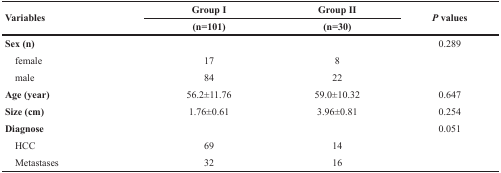
<table><thead><tr><td rowspan="2"><b>Variables</b></td><td><b>Group I</b></td><td><b>Group II</b></td><td rowspan="2"><b><i>P</i> values</b></td></tr><tr><td><b>(n=101)</b></td><td><b>(n=30)</b></td></tr></thead><tbody><tr><td><b>Sex (n)</b></td><td></td><td></td><td>0.289</td></tr><tr><td> female</td><td>17</td><td>8</td><td></td></tr><tr><td> male</td><td>84</td><td>22</td><td></td></tr><tr><td><b>Age (year)</b></td><td>56.2±11.76</td><td>59.0±10.32</td><td>0.647</td></tr><tr><td><b>Size (cm)</b></td><td>1.76±0.61</td><td>3.96±0.81</td><td>0.254</td></tr><tr><td><b>Diagnose</b></td><td></td><td></td><td>0.051</td></tr><tr><td> HCC</td><td>69</td><td>14</td><td></td></tr><tr><td> Metastases</td><td>32</td><td>16</td><td></td></tr></tbody></table>